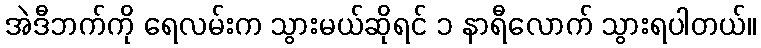
အဲဒီဘက်ကို ရေလမ်းက သွားမယ်ဆိုရင် ၁ နာရီလောက် သွားရပါတယ်။